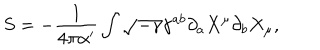
S = - \frac { 1 } { 4 \pi \alpha ^ { \prime } } \int \sqrt { - \gamma } \gamma ^ { a b } \partial _ { a } X ^ { \mu } \partial _ { b } X _ { \mu } ,